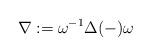
LaTeX: \begin{align*}\nabla:=\omega^{-1}\Delta(-)\omega\end{align*}